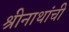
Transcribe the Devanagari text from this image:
श्रीनाथांची